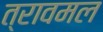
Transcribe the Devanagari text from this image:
त्रावमल